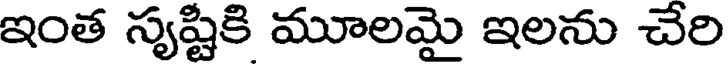
ఇంత స్యష్టికి మూలమై ఇలను చేరి